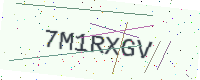
Text: 7M1RXGV